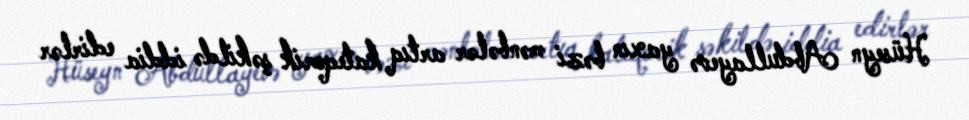
Hüseyn Abdullayevə yaxın bəzi mənbələr artıq kateqorik şəkildə iddia edirlər